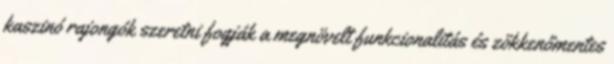
kaszinó rajongók szeretni fogják a megnövelt funkcionalitás és zökkenőmentes